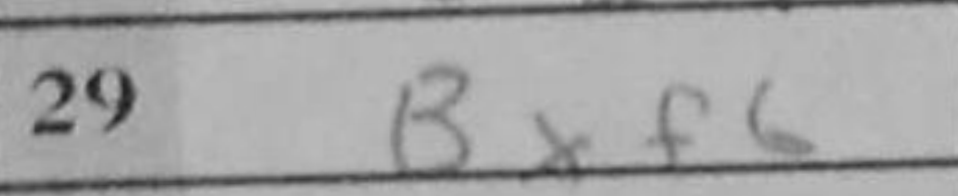
Transcription: Bxf6